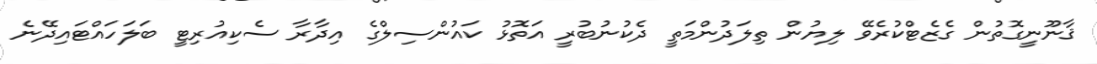
ޤާނޫނީގޮތުން ގެޒެޓްކުރެވޭ ލިޔުން ތިލަދުންމަތީ ދެކުނުބުރީ އަތޮޅު ކައުންސިލްގެ އިދާރާ ސެކިއުރިޓީ ބަލަހައްޓައިދޭނެ